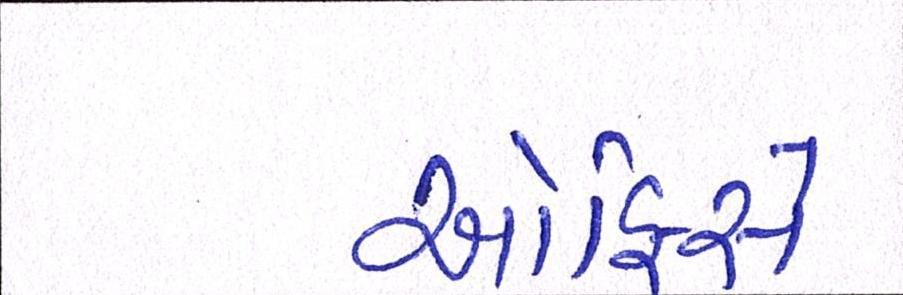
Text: ઓફિસે